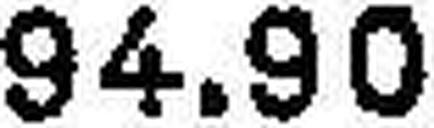
94.90